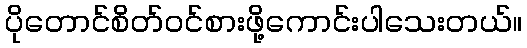
ပိုတောင်စိတ်ဝင်စားဖို့ကောင်းပါသေးတယ်။